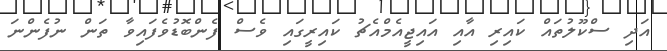
އަދި ސްކޫލުތައް ކައިރި އާއި އައިޖީއެމްއެޗު ކައިރީގައި ވެސް ފެންބޮޑުވެފައިވާ ތަން ނުފެންނަ